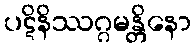
ပဋိနိဿဂ္ဂမန္တိနော